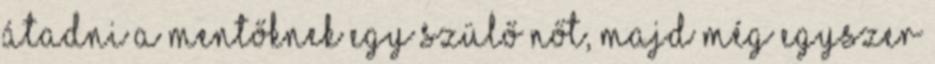
átadni a mentőknek egy szülő nőt, majd még egyszer